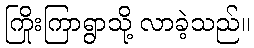
ကြိုးကြာရွာသို့ လာခဲ့သည်။